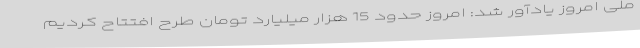
ملی امروز یادآور شد: امروز حدود 15 هزار میلیارد تومان طرح افتتاح کردیم